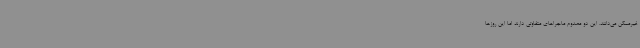
غیرممکن می‌دانند. این دو مصدوم ماجراهای متفاوتی دارند اما این روزها